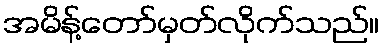
အမိန့်တော်မှတ်လိုက်သည်။